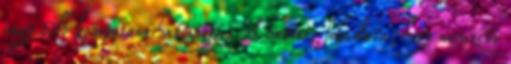
vagy több kompetens hatóságot. A hatóság feladata, hogy nemzeti